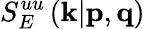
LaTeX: S_{E}^{uu}\left(\textit{\textbf{k}}|\textit{\textbf{p}},\textit{\textbf{q}}\right)